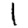
Digit: 1